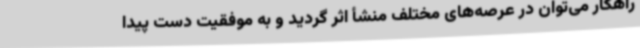
راهکار می‌توان در عرصه‌های مختلف منشأ اثر گردید و به موفقیت دست پیدا